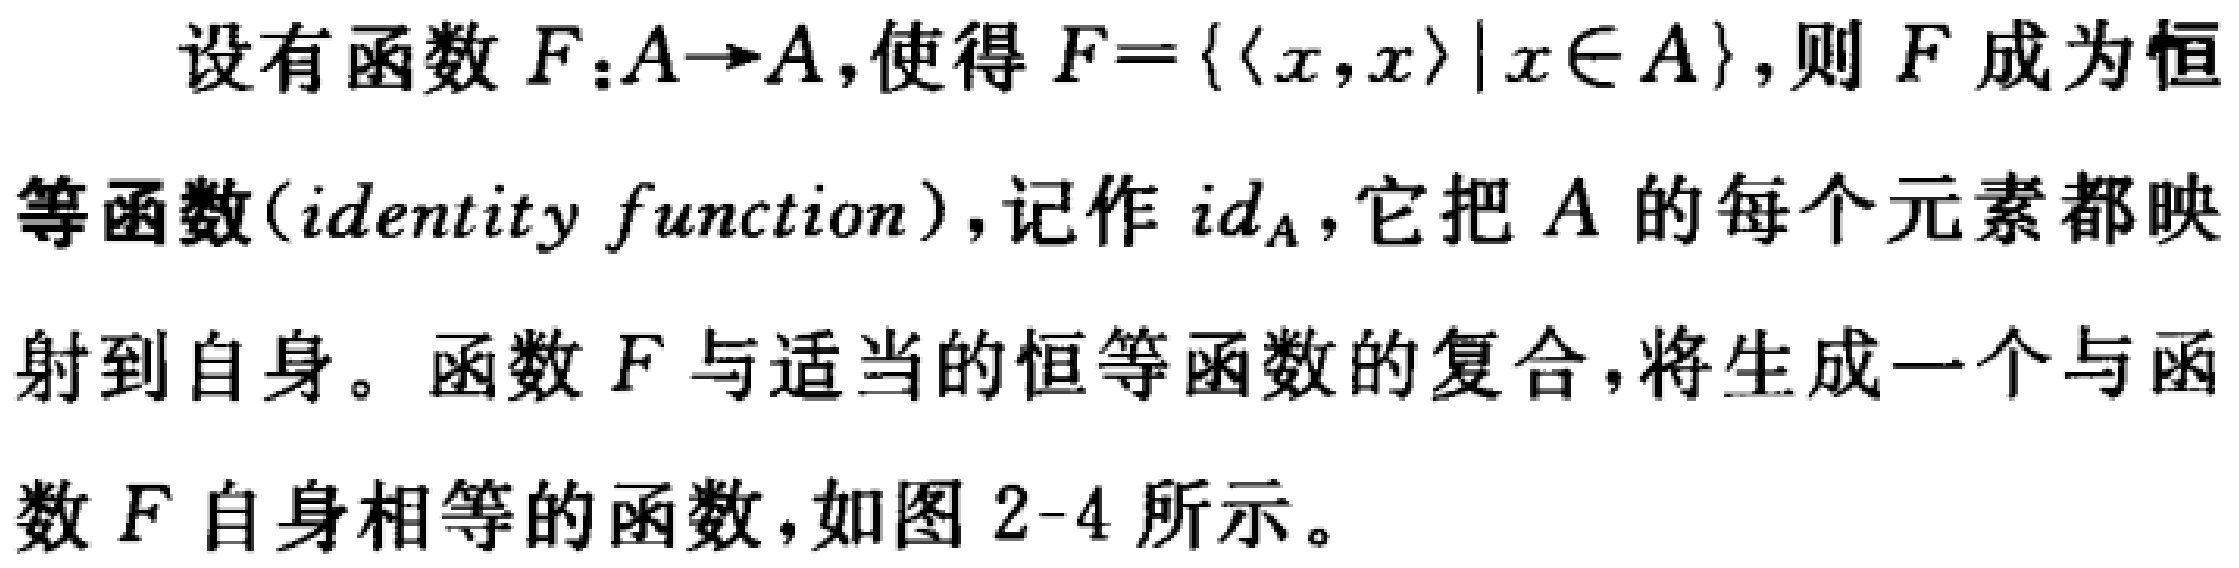
设有函数 \(F:A\rightarrow A\),使得 \(F = \{ \langle x,x\rangle|x\in A\}\),则 \(F\) 成为恒等函数(identity function),记作 \(id_A\),它把 \(A\) 的每个元素都映射到自身。函数 \(F\) 与适当的恒等函数的复合,将生成一个与函数 \(F\) 自身相等的函数,如图 2-4 所示。